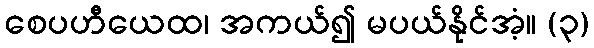
စေပဟီယေထ၊ အကယ်၍ မပယ်နိုင်အံ့။ (၃)